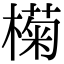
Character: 𣚭